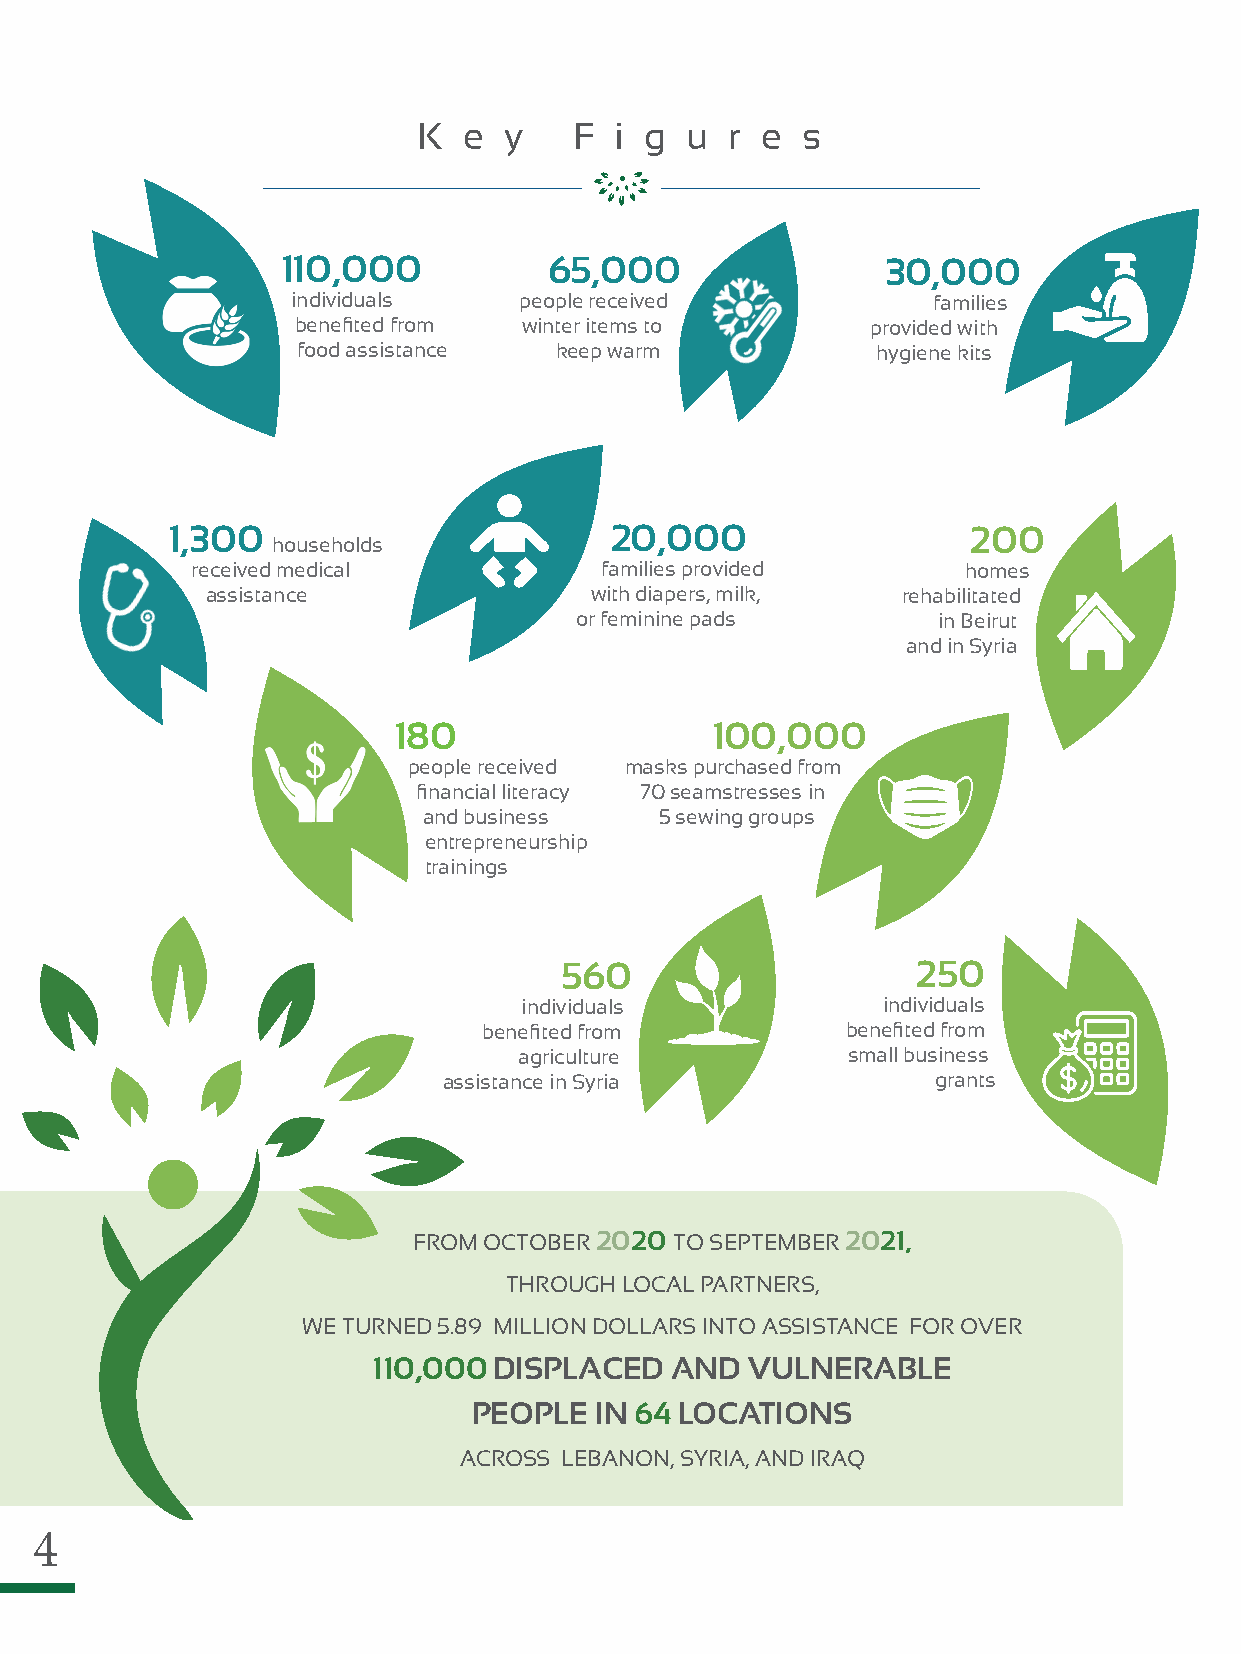
K  e y    F  i g u  r e  s
 110,000          65,000                 30,000
 individuals    people received             families
 benefited from winter items to        provided with
 food assistance  keep warm            hygiene kits
 1,300                        20,000                  200
 households
 received medical           families provided       homes
 assistance               with diapers, milk,  rehabilitated
 or feminine pads        in Beirut
 and in Syria
 180                  100,000
 people received masks purchased from
 financial literacy 70 seamstresses in
 and business    5 sewing groups
 entrepreneurship
 trainings
 560                     250
 individuals             individuals
 benefited from          benefited from
 agriculture           small business
 assistance in Syria              grants
 FROM OCTOBER 2020 TO SEPTEMBER 2021,
 THROUGH LOCAL PARTNERS,
 WE TURNED 5.89 MILLION DOLLARS INTO ASSISTANCE FOR OVER
 110,000DISPLACED   AND   VULNERABLE
 PEOPLE  IN 64 LOCATIONS
 ACROSS LEBANON, SYRIA, AND IRAQ
 4